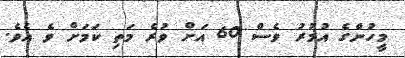
މީހުންގެ އުމުރު ވެސް 60 އަށް ވުރެ މަތި ކަމަށް ވެ އެވެ.